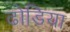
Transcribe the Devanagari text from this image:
ढोडिया